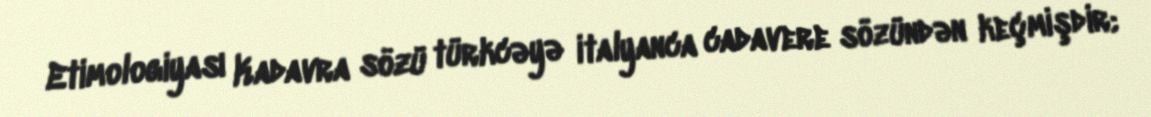
Etimologiyası Kadavra sözü türkcəyə italyanca cadavere sözündən keçmişdir;